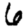
Digit: 6